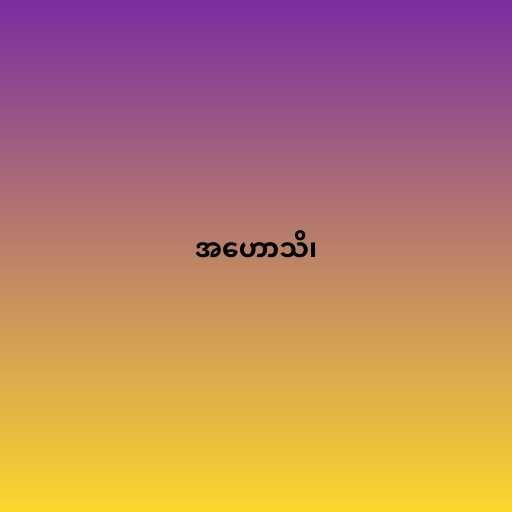
အဟောသိ၊